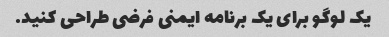
یک لوگو برای یک برنامه ایمنی فرضی طراحی کنید.